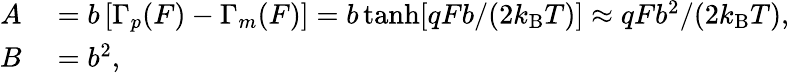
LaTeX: \begin{array}{rl}{A}&{{}=b\left[\Gamma_{p}(F)-\Gamma_{m}(F)\right]=b\operatorname{tanh}[qFb/(2k_{\mathrm{B}}T)]\approx qFb^{2}/(2k_{\mathrm{B}}T),}\\ {B}&{{}=b^{2},}\end{array}